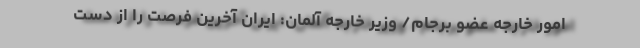
امور خارجه عضو برجام/ وزیر خارجه آلمان: ایران آخرین فرصت را از دست